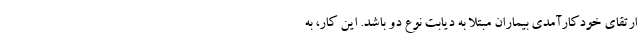
ارتقای خودکارآمدی بیماران مبتلا به دیابت نوع دو باشد. این کار، به